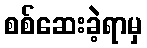
စစ်ဆေးခဲ့ရာမှ